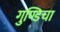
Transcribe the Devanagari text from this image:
गुण्डिचा